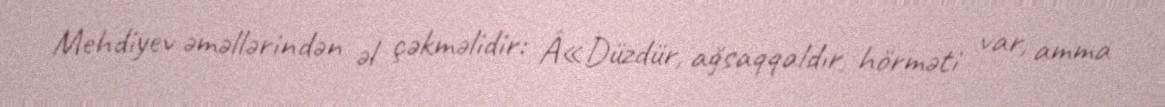
Mehdiyev əməllərindən əl çəkməlidir: Â«Düzdür, ağsaqqaldır, hörməti var, amma